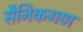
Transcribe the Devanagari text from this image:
सैनिकगण